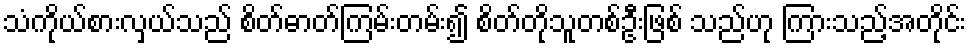
သံကိုယ်စားလှယ်သည် စိတ်ဓာတ်ကြမ်းတမ်း၍ စိတ်တိုသူတစ်ဦးဖြစ် သည်ဟု ကြားသည့်အတိုင်း